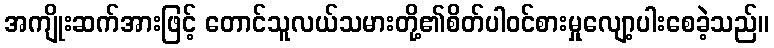
အကျိုးဆက်အားဖြင့် တောင်သူလယ်သမားတို့၏စိတ်ပါဝင်စားမှုလျော့ပါးစေခဲ့သည်။